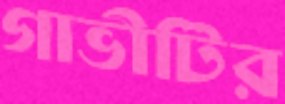
গাভীটির